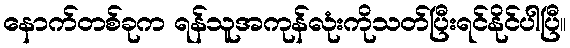
နောက်တစ်ခုက ရန်သူအကုန်လုံးကိုသတ်ပြီးရင်နိုင်ပါပြီ။